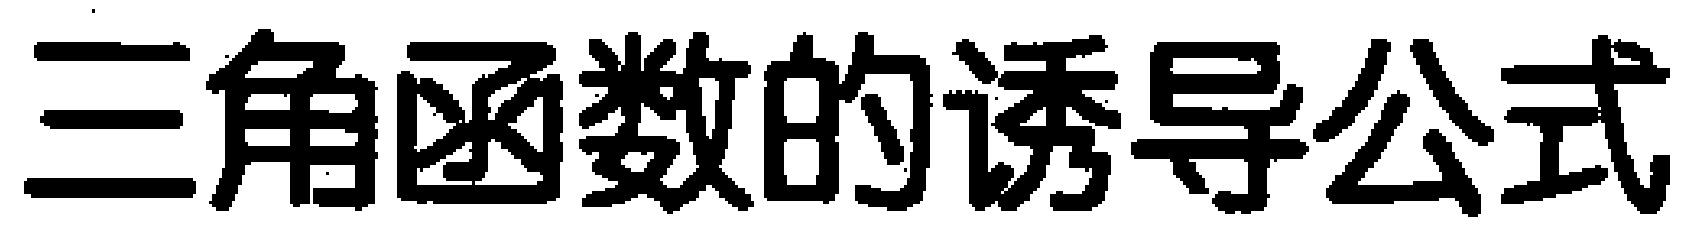
三角函数的诱导公式